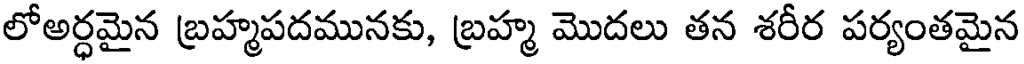
లోఅర్ధమైన బ్రహ్మపదమునకు, బ్రహ్మ మొదలు తన శరీర పర్యంతమైన